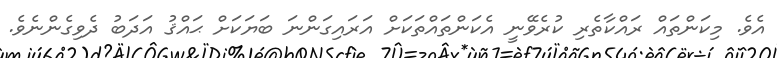
އެވެ. މިކަންތައް ރައްކާތެރި ކުރެވޭނީ އެކަންތައްތަކަށް އަރައިގަންނަ ބަޔަކަށް ޙައްޤު އަދަބު ދެވިގެންނެވެ.